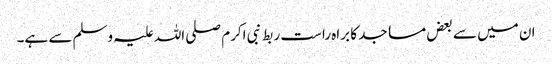
ان میں سے بعض مساجد کا براہ راست ربط نبی اکرم صلی اللہ علیہ وسلم سے ہے۔